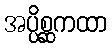
အပ္ပိစ္ဆကထာ